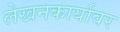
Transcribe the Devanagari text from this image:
लेखनकार्यावर